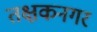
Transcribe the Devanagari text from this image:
तक्षकनगर